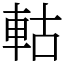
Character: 軲